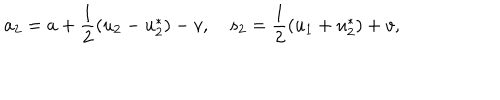
a _ { 2 } = a + \frac { 1 } { 2 } ( u _ { 2 } - u _ { 2 } ^ { * } ) - v , \quad s _ { 2 } = \frac { 1 } { 2 } ( u _ { 1 } + u _ { 2 } ^ { * } ) + v ,